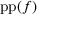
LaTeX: \operatorname { p p } ( f )